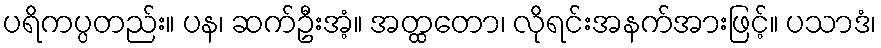
ပရိကပ္ပတည်း။ ပန၊ ဆက်ဦးအံ့။ အတ္ထတော၊ လိုရင်းအနက်အားဖြင့်။ ပသာဒံ၊